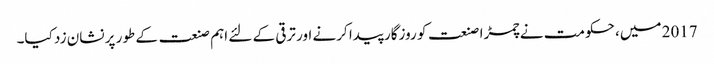
2017 میں، حکومت نے چمڑا صنعت کو روزگار پیدا کرنے اور ترقی کے لئے اہم صنعت کے طور پر نشان زد کیا۔